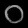
Digit: ၀